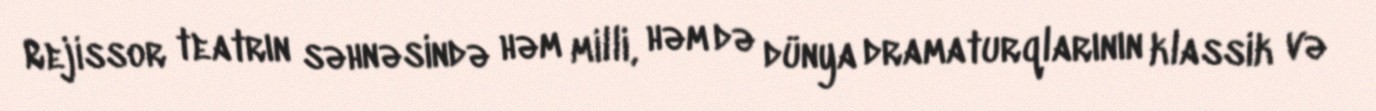
Rejissor teatrın səhnəsində həm milli, həm də dünya dramaturqlarının klassik və